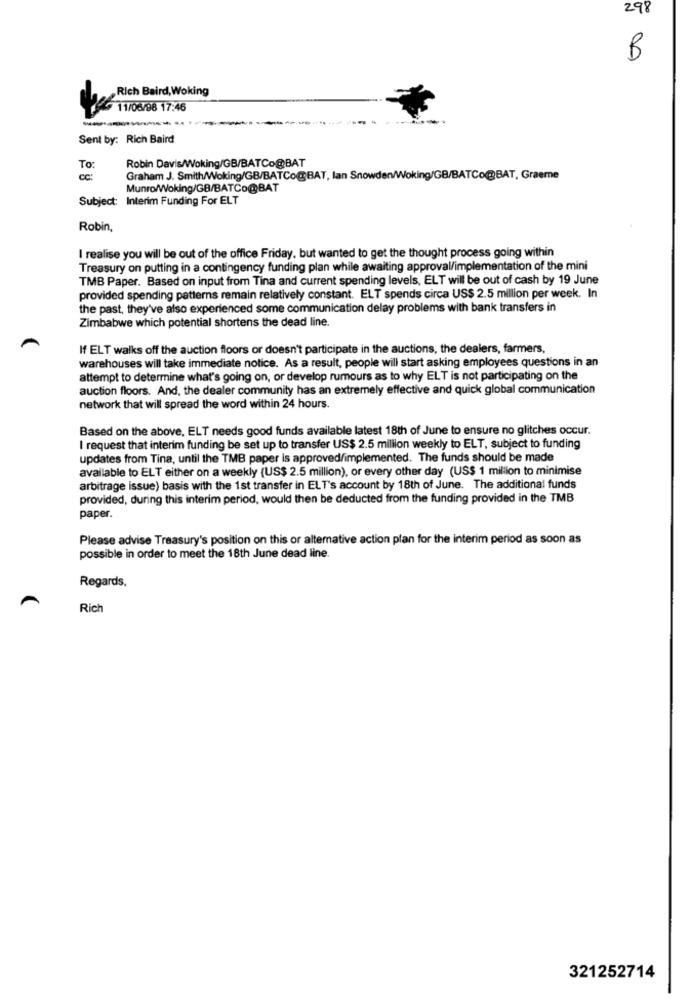
298
B
Rich Baird, Woking
11/08/98 17:46
Sent by: Rich Baird
Robin Davis/Woking/GB/BATCo@BAT
To:
cc:
Graham J. Smith/Woking/GB/BATCo@BAT, lan Snowden/Woking/GB/BATCo@BAT, Graeme
Munro/Woking/GB/BATCo@BAT
Subject: Interim Funding For ELT
Robin
I realise you will be out of the office Friday, but wanted to get the thought process going within
Treasury on putting in a contingency funding plan while awaiting approval/implementation of the mini
TMB Paper. Based on input from Tina and current spending levels, ELT will be out of cash by 19 June
provided spending patterns remain relatively constant. ELT spends circa US$ 2.5 million per week. In
the past, they've also experienced some communication delay problems with bank transfers in
Zimbabwe which potential shortens the dead line.
If ELT walks off the auction floors or doesn't participate in the auctions, the dealers, farmers,
warehouses will take immediate notice. As a result, people will start asking employees questions in an
attempt to determine what's going on, or develop rumours as to why ELT is not participating on the
auction floors. And, the dealer community has an extremely effective and quick global communication
network that will spread the word within 24 hours.
Based on the above, ELT needs good funds available latest 18th of June to ensure no glitches occur.
I request that interim funding be set up to transfer US$ 2.5 million weekly to ELT, subject to funding
updates from Tina, until the TMB paper is approved/implemented. The funds should be made
available to ELT either on a weekly (US$ 2.5 million), or every other day (US$ 1 million to minimise
arbitrage issue) basis with the 1st transfer in ELT's account by 18th of June. The additional funds
provided, during this interim period, would then be deducted from the funding provided in the TMB
paper.
Please advise Treasury's position on this or alternative action plan for the interim period as soon as
possible in order to meet the 18th June dead line
Regards,
Rich
321252714